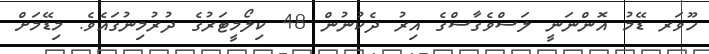
ހޫވަރ ޑޭމު އޮންނަނީ ލަސްވެގާސްގެ އިރު ދެކުނުން 48 ކިލޯމީޓަރުގެ ދުރުމިނުގައެވެ. މިޑޭމަށް